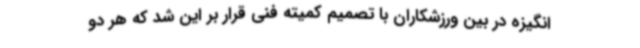
انگیزه در بین ورزشکاران با تصمیم کمیته فنی قرار بر این شد که هر دو